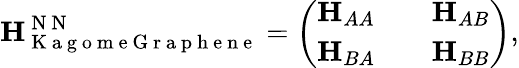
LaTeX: {\mathbf H}_{\mathrm{~K~a~g~o~m~e~G~r~a~p~h~e~n~e~}}^{\mathrm{~N~N~}}=\left(\begin{array}{lll}{{\mathbf H}_{AA}}&{}&{{\mathbf H}_{AB}}\\ {{\mathbf H}_{BA}}&{}&{{\mathbf H}_{BB}}\end{array}\right),